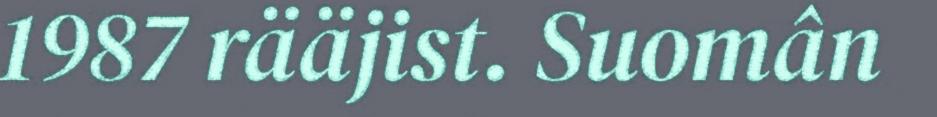
1987 rääjist. Suomân